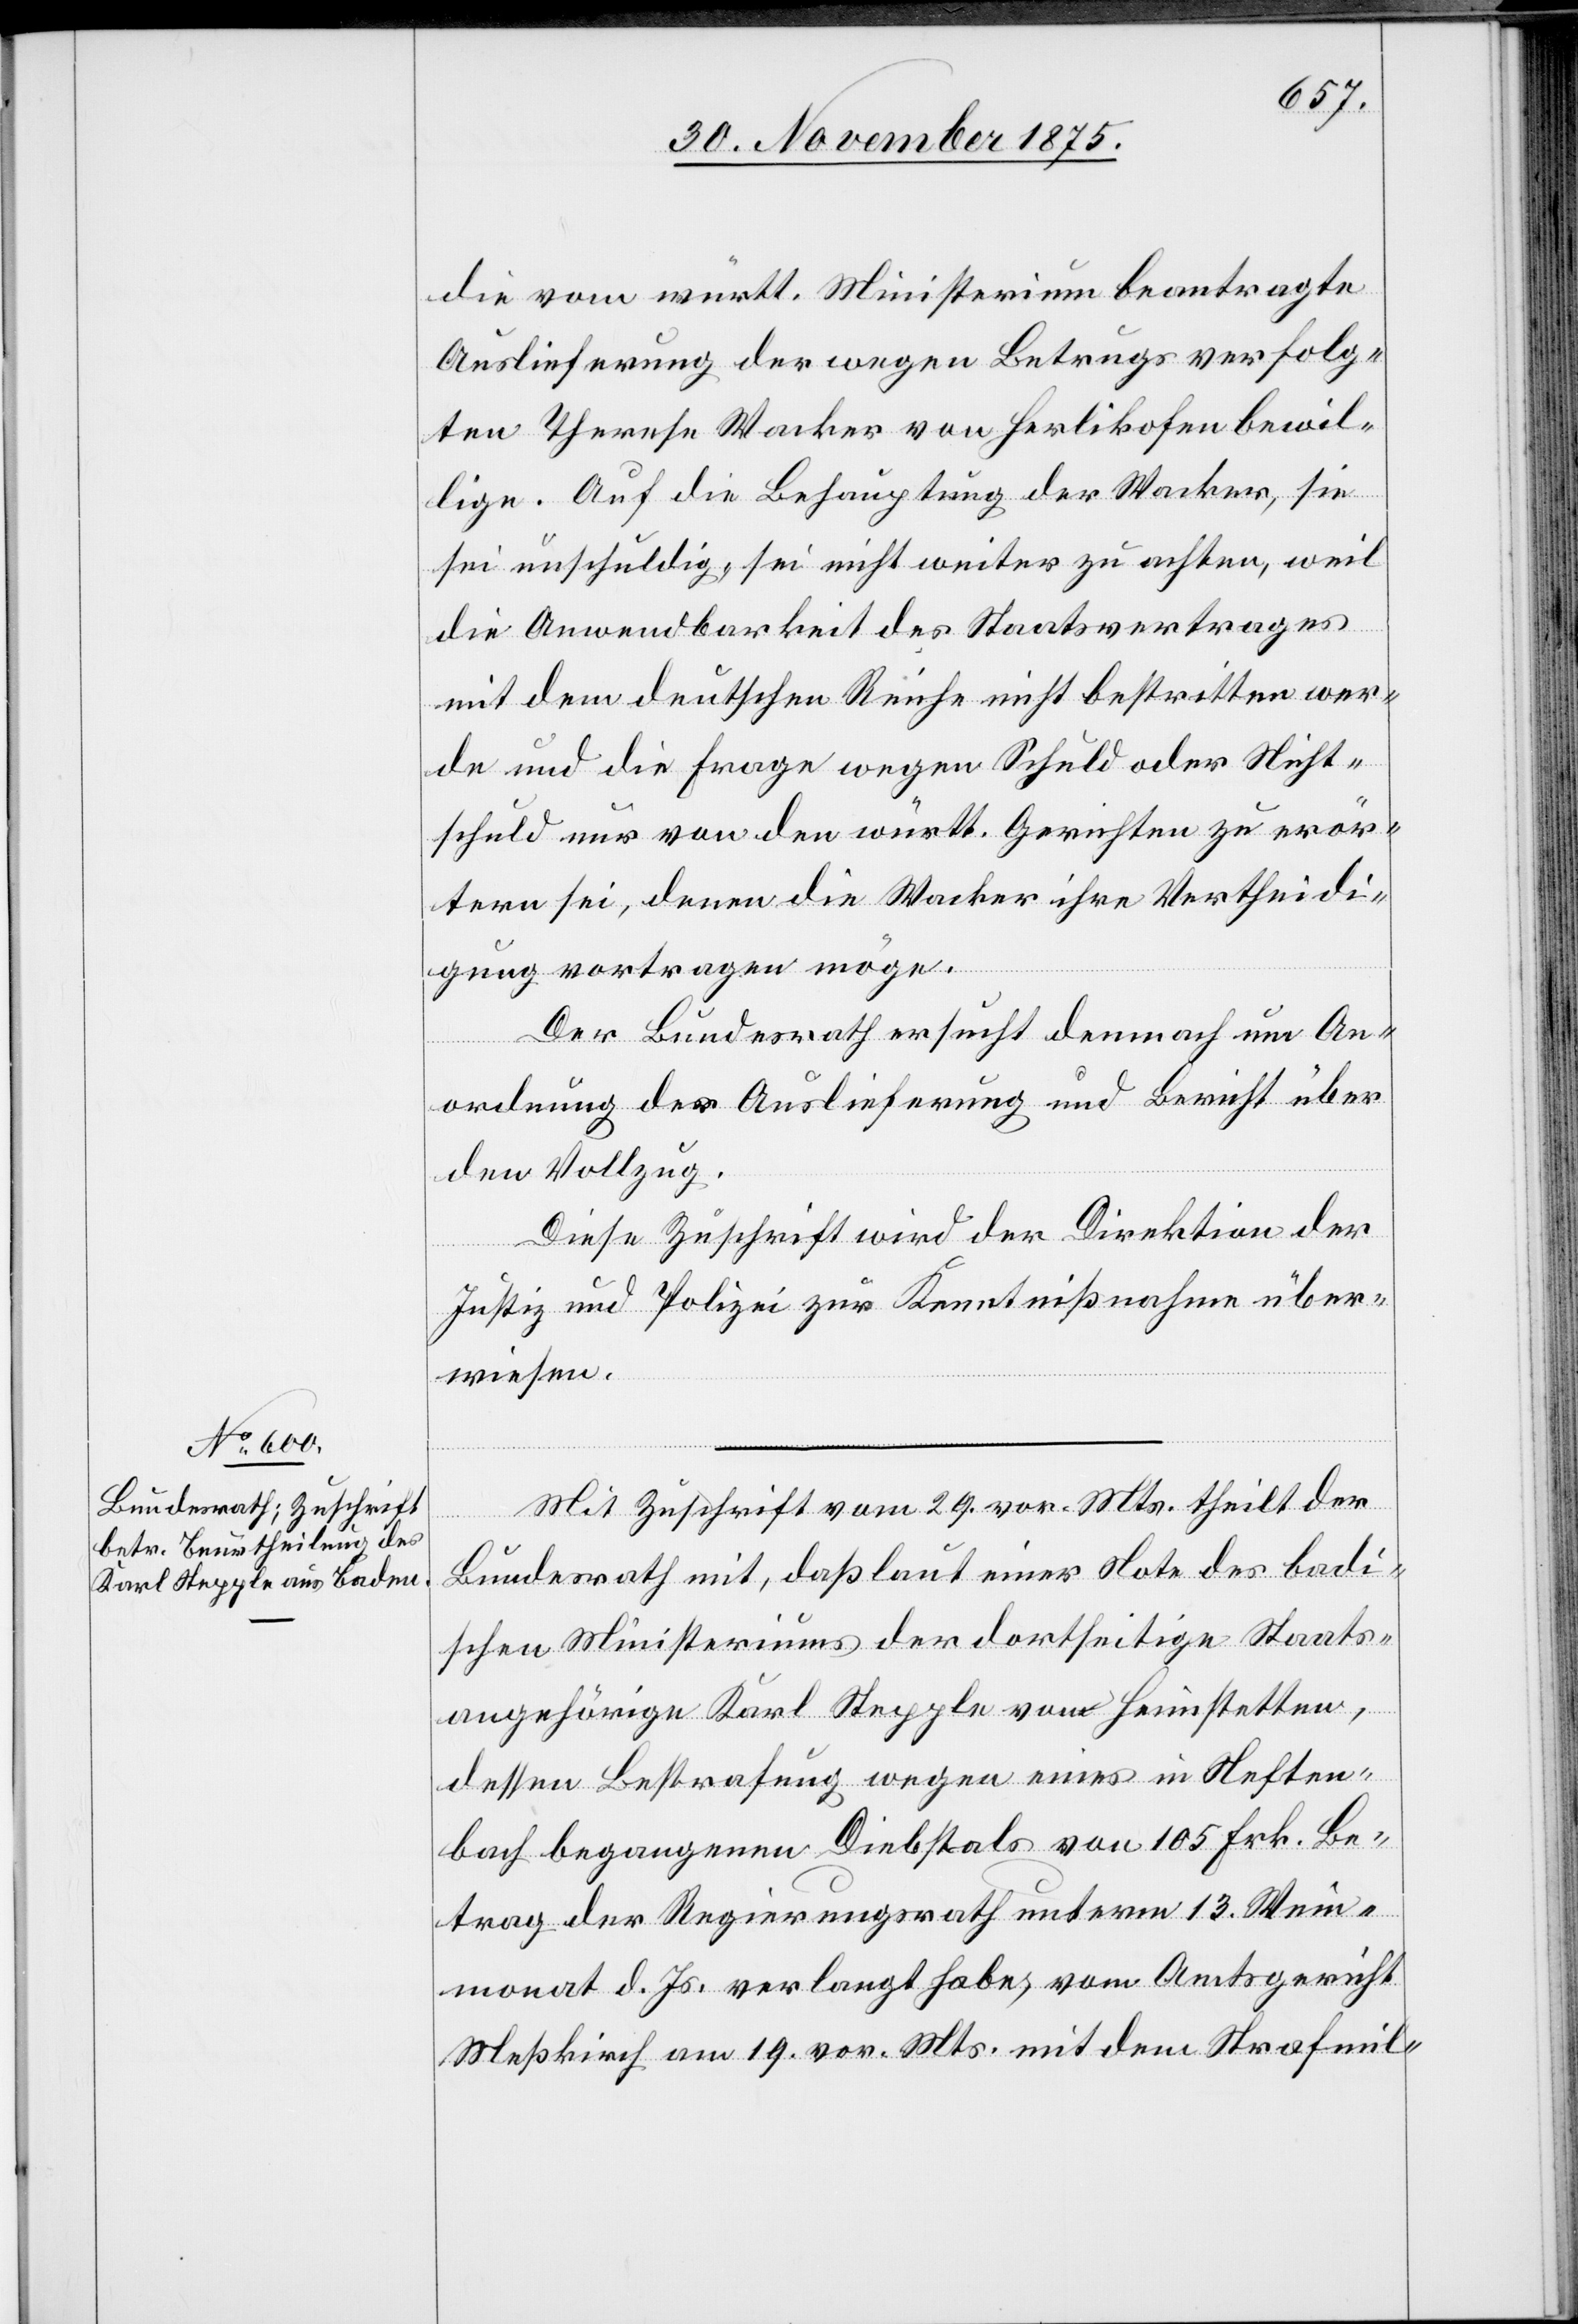
1. December 1875.]
die vom württ. Ministerium beantragte
Auslieferung der wegen Betrugs verfolg¬
ten Therese Wacker von Herlikofen bewil¬
lige. Auf die Behauptung der Wacker, sie
sei unschuldig, sei nicht weiter zu achten, weil
die Anwendbarkeit des Staatsvertrages
mit dem deutschen Reiche nicht bestritten wer¬
de und die Frage wegen Schuld oder Nicht¬
schuld nur von den württ. Gerichten zu erör¬
tern sei, denen die Wacker ihre Vertheidi¬
gung vortragen möge.
Der Bundesrath ersucht demnach um An¬
ordnung der Auslieferung und Bericht über
den Vollzug.
Diese Zuschrift wird der Direktion der
Justiz und Polizei zur Kenntnißnahme über¬
wiesen.
Mit Zuschrift vom 29. vor. Mts. theilt der
Bundesrath mit, daß laut einer Note des badi¬
schen Ministeriums der dortseitige Staats¬
angehörige Karl Stepple von Heimstetten,
dessen Bestrafung wegen eines in Neften¬
bach begangenen Diebstals von 105 Frk. Be¬
trag der Regierungsrath unterm 13. Wein¬
monat d. Js. verlangt habe, vom Amtsgericht
Meßkirch am 19. vor. Mts. mit dem Strafmil-